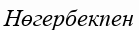
Нөгербекпен